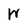
Character: W